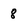
Character: 8